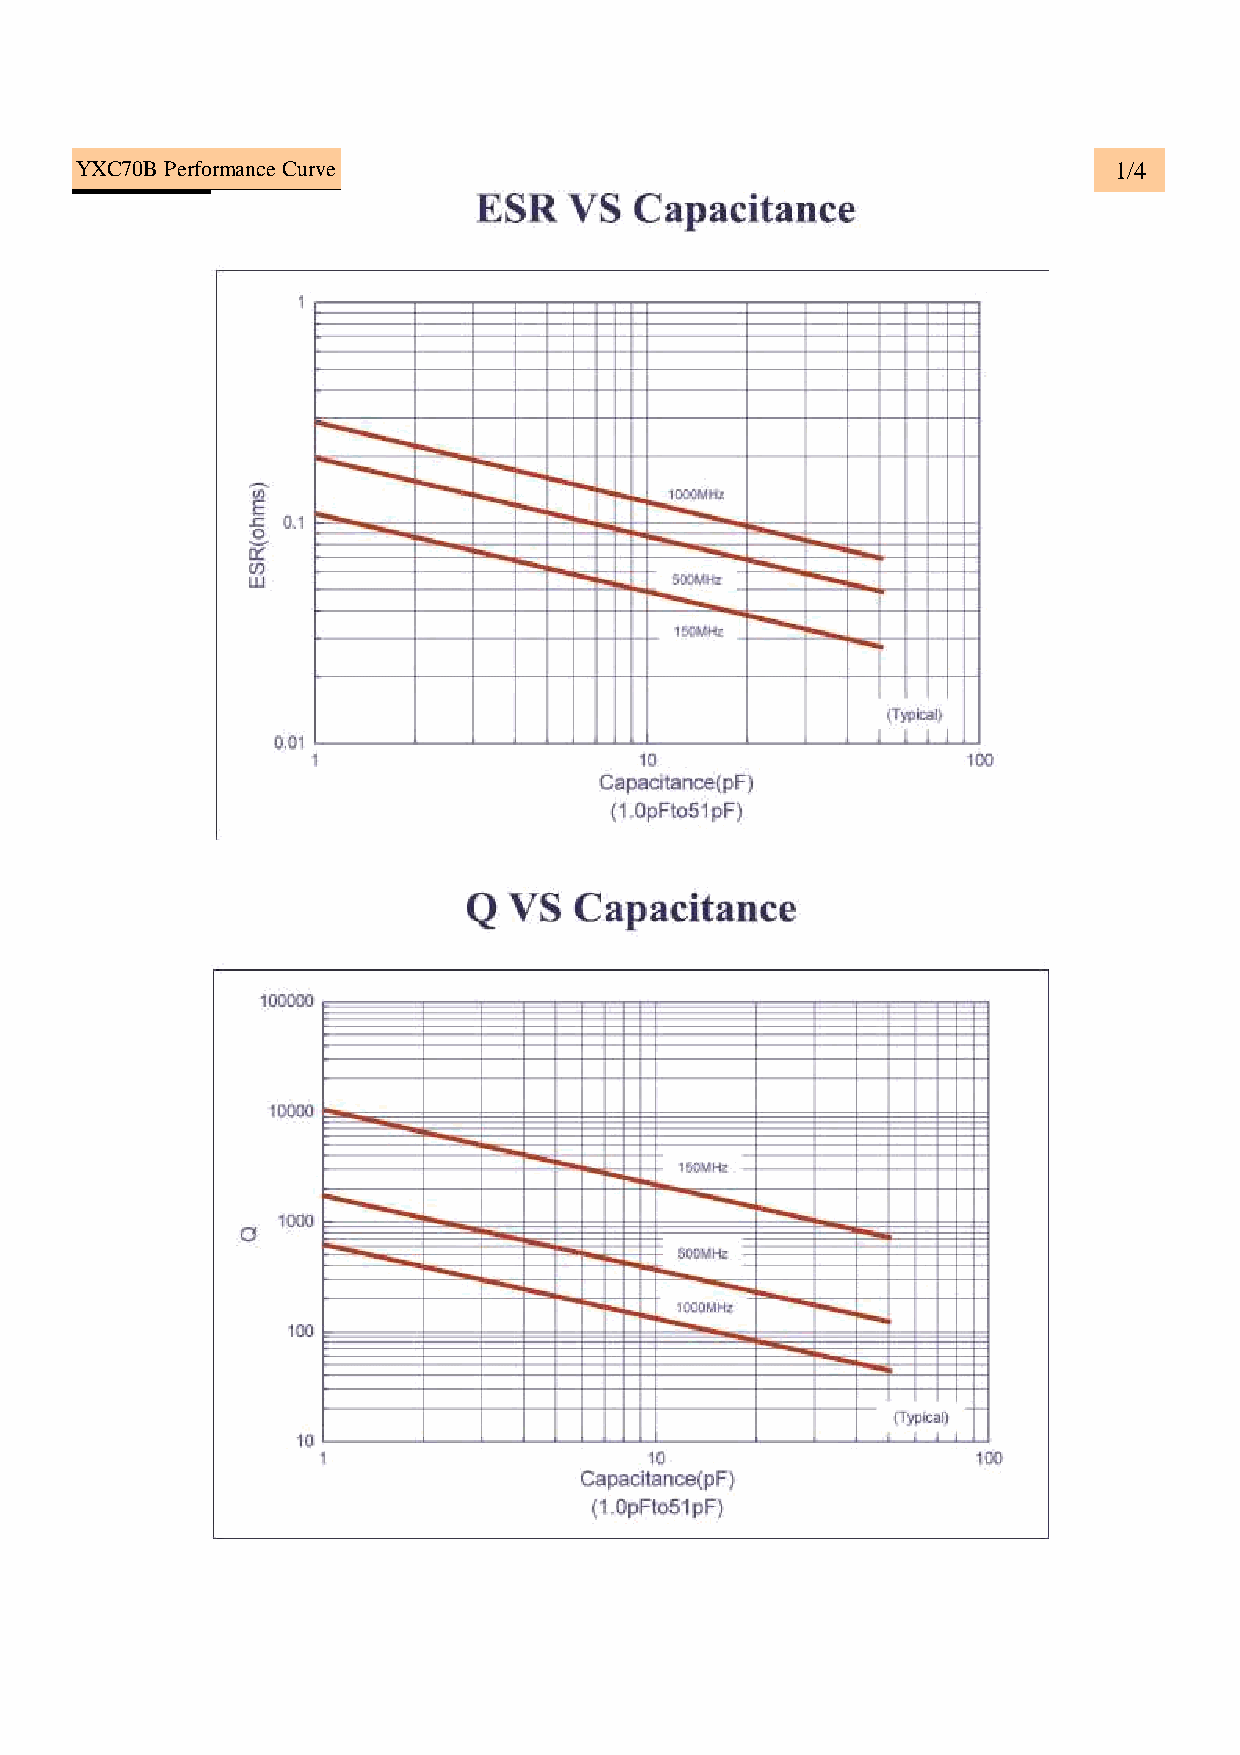
YXC70B Performance Curve                                             1/4